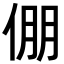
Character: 倗